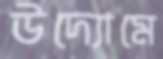
উদ্যোমে